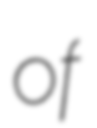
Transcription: of